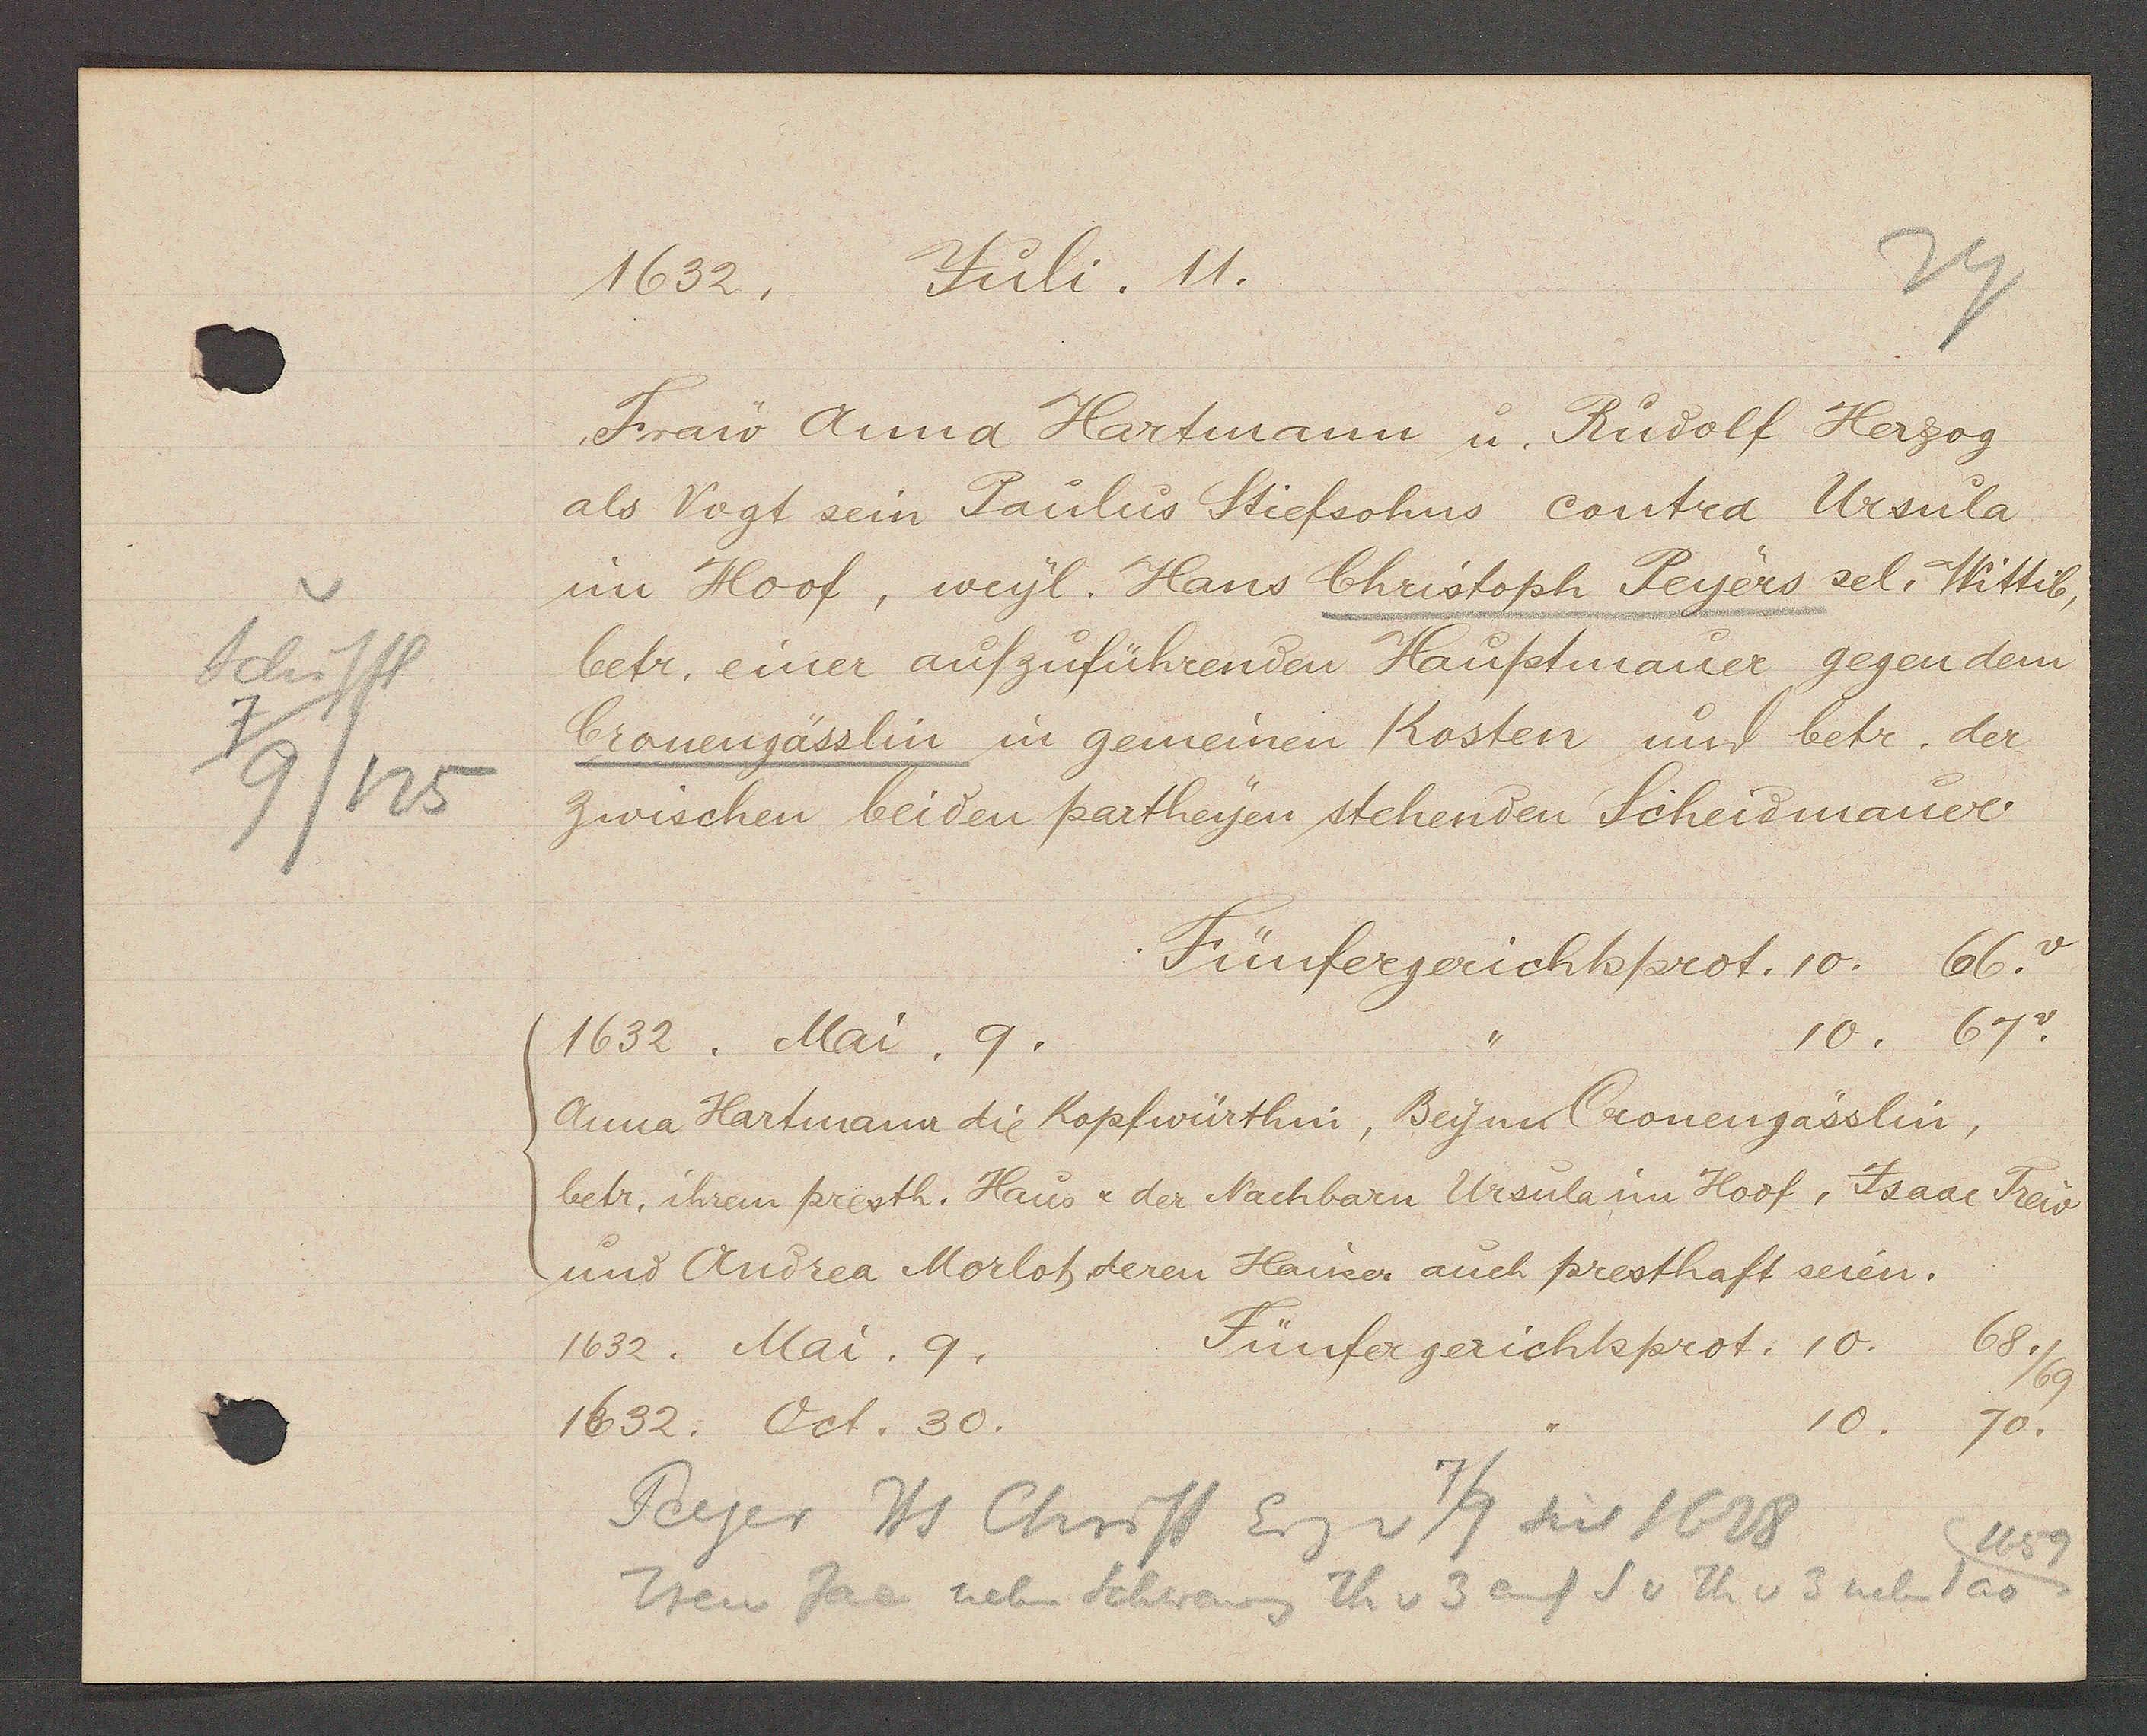
Transcript:
Schiffl
7/9/125

1632.
Juli. 11.

1632. Mai. 9.
Anna Hartmann die Kopfwürthin, Beyner Cronengässlin,
betr. ihrem presth. Haus & der Nachbarn Ursula im Hoof, Isaac Frew
und Andrea Morlot deren Hauser auch presthaft seien.
1632. Mai. 9.
1632. Oct. 30.

Fraw Anna Hartmann u. Rudolf Herzog
als Vogt sein Paulus Stiefsohns contra Ursula
im Hoof, weyl. Hans Christoph Peyers sel. Wittib,
betr. einer aufzuführenden Hauptmauer gegen dem
Cronengässlin in gemeinen Kosten und betr. der
zwischen beiden partheyen stehenden Scheidmauer

Fünfergerichtsprot. 10. 66. v
10. 67v.

Fünfergerichtsprot. 10.
68/69
70.
10

Peyer Hs Christ Eig v 7/9 seit 1628
1659
Iren Jac neben Schwang Th v 3 auf S v Th v 3 neben 1 ao